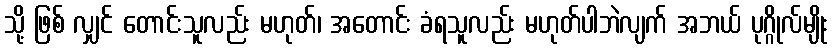
သို့ ဖြစ် လျှင် တောင်းသူလည်း မဟုတ်၊ အတောင်း ခံရသူလည်း မဟုတ်ပါဘဲလျက် အဘယ် ပုဂ္ဂိုလ်မျိုး